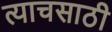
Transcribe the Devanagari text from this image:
त्याचसाठी